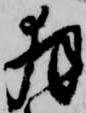
拝